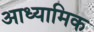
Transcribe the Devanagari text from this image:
आध्‍यामिक